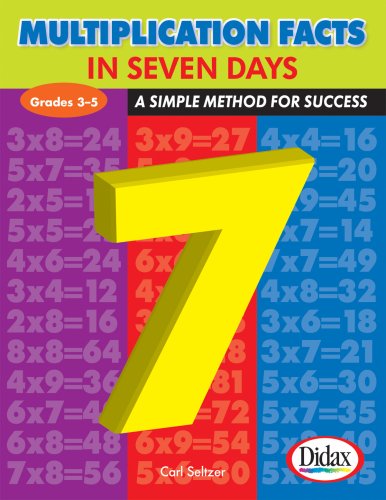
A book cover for Multiplication Facts in Seven Days: A Simple Method for Success, Grades 3-5; Dr. Carl Seltzer; Science & Math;